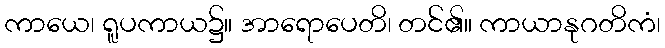
ကာယေ၊ ရူပကာယ၌။ အာရောပေတိ၊ တင်၏။ ကာယာနုဂတိကံ၊